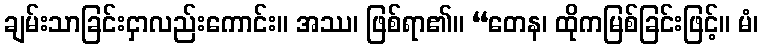
ချမ်းသာခြင်းငှာလည်းကောင်း။ အဿ၊ ဖြစ်ရာ၏။ “တေန၊ ထိုကမြစ်ခြင်းဖြင့်။ မံ၊